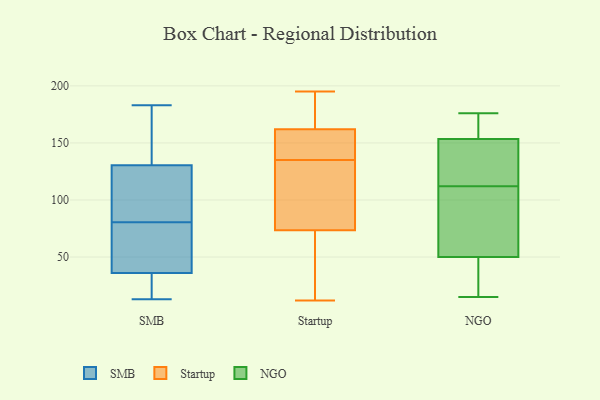
{"axis": {"x": "Population (Million)", "y": "Value"}, "legend": ["NGO", "SMB", "Startup"], "data": [{"x": "", "y": 89, "type": "SMB"}, {"x": "", "y": 64, "type": "SMB"}, {"x": "", "y": 35, "type": "SMB"}, {"x": "", "y": 174, "type": "SMB"}, {"x": "", "y": 37, "type": "SMB"}, {"x": "", "y": 28, "type": "SMB"}, {"x": "", "y": 82, "type": "SMB"}, {"x": "", "y": 183, "type": "SMB"}, {"x": "", "y": 13, "type": "SMB"}, {"x": "", "y": 91, "type": "SMB"}, {"x": "", "y": 170, "type": "SMB"}, {"x": "", "y": 79, "type": "SMB"}, {"x": "", "y": 141, "type": "Startup"}, {"x": "", "y": 81, "type": "Startup"}, {"x": "", "y": 15, "type": "Startup"}, {"x": "", "y": 174, "type": "Startup"}, {"x": "", "y": 195, "type": "Startup"}, {"x": "", "y": 184, "type": "Startup"}, {"x": "", "y": 115, "type": "Startup"}, {"x": "", "y": 71, "type": "Startup"}, {"x": "", "y": 97, "type": "Startup"}, {"x": "", "y": 156, "type": "Startup"}, {"x": "", "y": 164, "type": "Startup"}, {"x": "", "y": 176, "type": "Startup"}, {"x": "", "y": 118, "type": "Startup"}, {"x": "", "y": 135, "type": "Startup"}, {"x": "", "y": 42, "type": "Startup"}, {"x": "", "y": 143, "type": "Startup"}, {"x": "", "y": 136, "type": "Startup"}, {"x": "", "y": 20, "type": "Startup"}, {"x": "", "y": 12, "type": "Startup"}, {"x": "", "y": 156, "type": "NGO"}, {"x": "", "y": 41, "type": "NGO"}, {"x": "", "y": 176, "type": "NGO"}, {"x": "", "y": 95, "type": "NGO"}, {"x": "", "y": 112, "type": "NGO"}, {"x": "", "y": 77, "type": "NGO"}, {"x": "", "y": 155, "type": "NGO"}, {"x": "", "y": 15, "type": "NGO"}, {"x": "", "y": 26, "type": "NGO"}, {"x": "", "y": 124, "type": "NGO"}, {"x": "", "y": 149, "type": "NGO"}]}